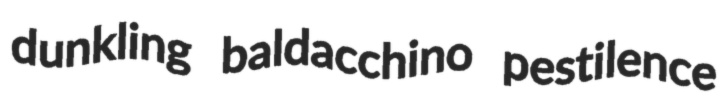
dunkling baldacchino pestilence